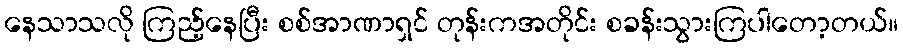
နေသာသလို ကြည့်နေပြီး စစ်အာဏာရှင် တုန်းကအတိုင်း စခန်းသွားကြပါတော့တယ်။